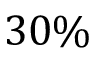
3 0 \%